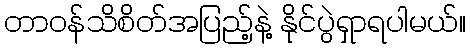
တာဝန်သိစိတ်အပြည့်နဲ့ နိုင်ပွဲရှာရပါမယ်။